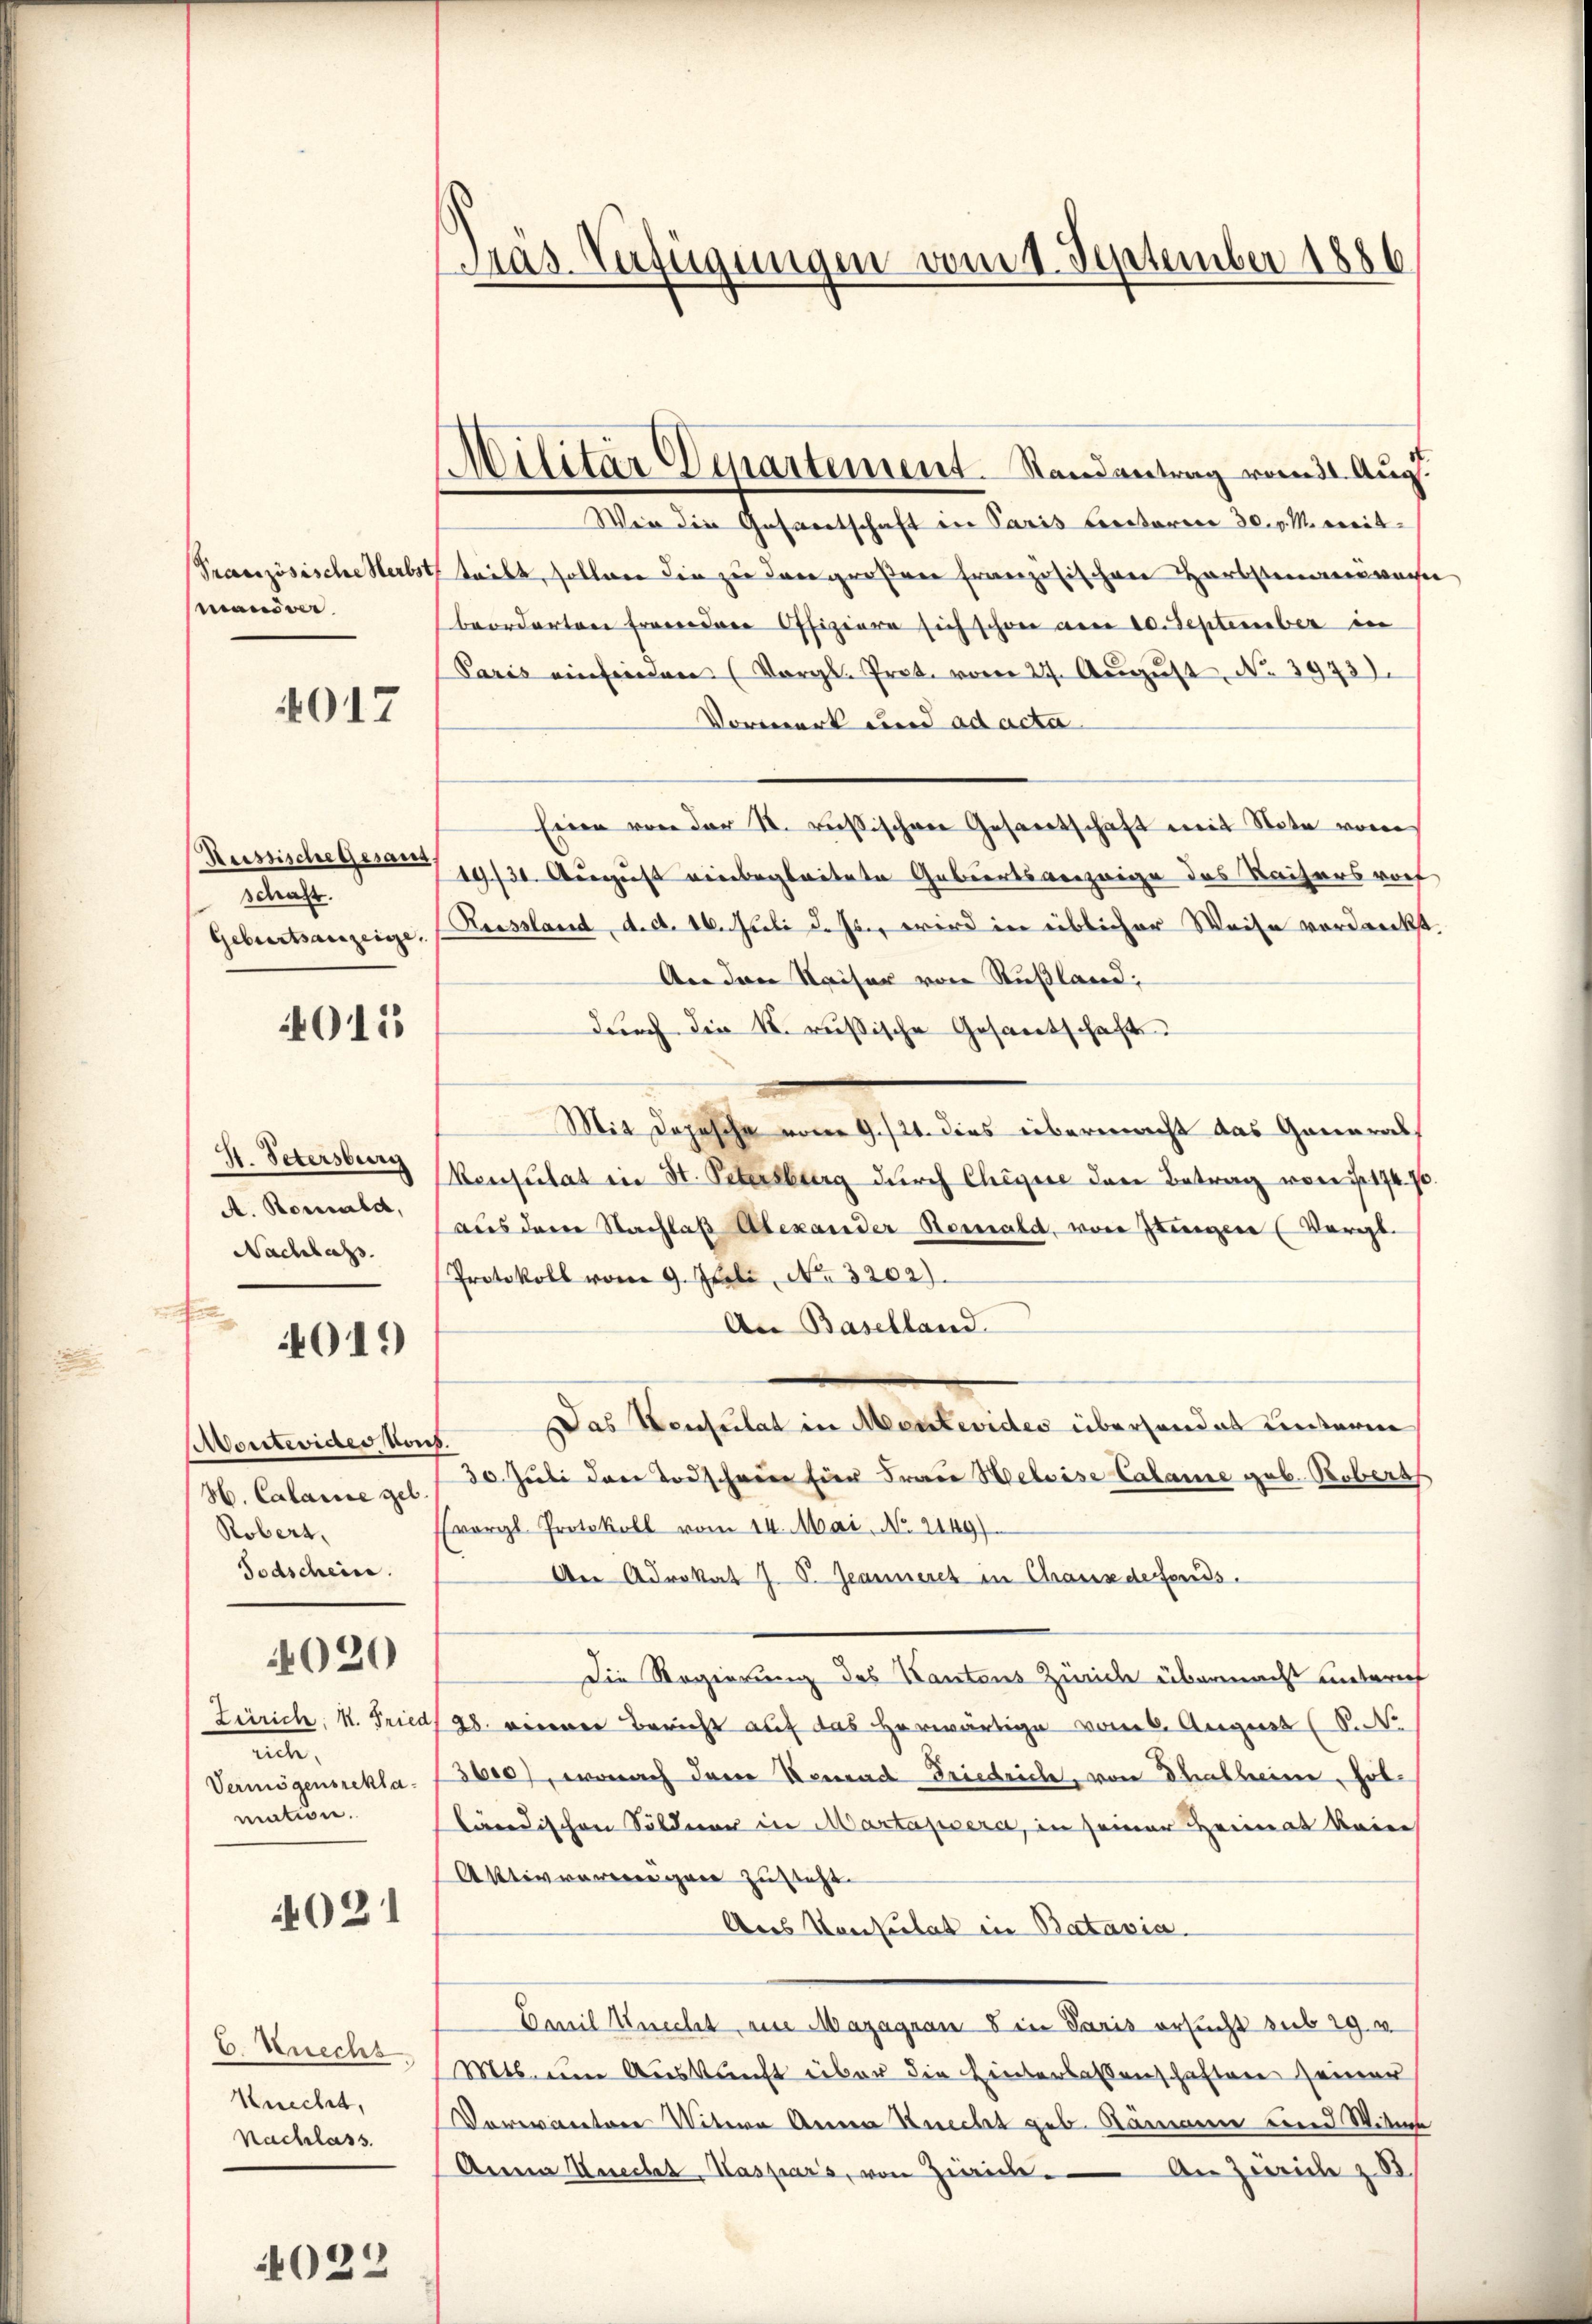
Pranzösische Herbst
manöver.

4017

Reissische Gesang
schaft.
Geburtsanzeige,

4015

d
S. Petersburg
A. Romald,
Nachlags.

4019

Montevides von
H. Calamie geb.
Robert,
Todschein.

4020

Zürich, K. Fried
nnte.
Vermögensreklamation.

4021

C. Knechs
Knecht,
Nachlass

4022

Pras Zufügungen vom 1. September 1886

Militär Departement. Randantrag vom 31. Aug.

Wie die Gesandtschaft in Paris Lectoren 30. v. M. weit
teibt, sollen die zu den großen französischen Herbstmanövern
beorderten Procedene Offiziere sich schon am 10. September in
Paris einfinden (Vergl. Prot. vom 27. Aŭgŭst No. 3973).
Vorwerk und ad acta
Eine von der N. russischen Gesandtschaft mit Note vom
19/30. August vierbegleitete Gebiertsanzeige des Kaisers roch
Russland, d. d. 16. Juli d. Js., wird in üblicher Weise verdankt.
An den Kaiser von Rußland;
durch die k. russische Gesandtschaft
Mit Depesche vom 9. 121. dies übermacht das General¬
Konsulat in St. Petersburg durch Chegne den Betrag von 174. 70.
aus dem Nachlaß Alexander Remald, von Jungen (Vergl.
Protokoll vom 9. Juli, No. 3202).
An Baselland.
Das Konsulat in Mentevides überhandet unterm
.
30. Juli der Todscheine Eier Frau Heleise Calame geb. Robers
Evergl. Protokoll vom 14. Mai, No. 2149).
A Advokat J. P. Jeanneres in Chaus defonds.
Die Regierung des Kantons Zürich übermacht unterieh
28. vererer Bericht auf das herwärtige vom 6. August (S.
3000, wonach dem Konrad Friedrich, von Thalheim, folländischen Söldner in Martappera, in seiner Heimat keine
Aktivvareren gar zusteht.
Ares Konsulat in Batavia.
Emil Knecht am Mazagran 8 in Paris ersucht sub 29. v.
Mts. um Auskunft über die Hinterlassenschaften seiner
Vorevantere Vitere Anna Knecht geb. Rämmene rund Witwe
Anna Knecht. Kaspars, von Zürich. An Zweiche z